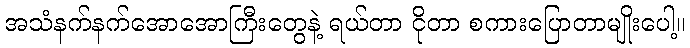
အသံနက်နက်အောအောကြီးတွေနဲ့ ရယ်တာ ငိုတာ စကားပြောတာမျိုးပေါ့။